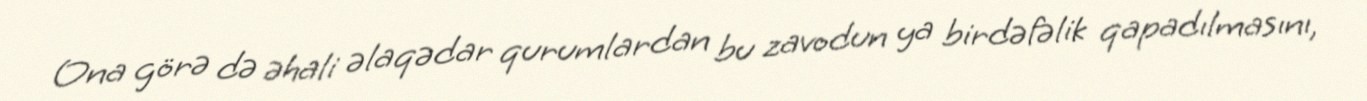
Ona görə də əhali əlaqədar qurumlardan bu zavodun ya birdəfəlik qapadılmasını,